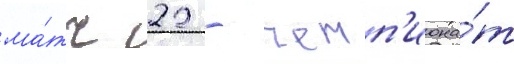
ма́тч 22 - чемп'иона́т